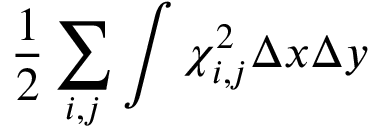
\frac { 1 } { 2 } \sum _ { i , j } \int \chi _ { i , j } ^ { 2 } \Delta x \Delta y